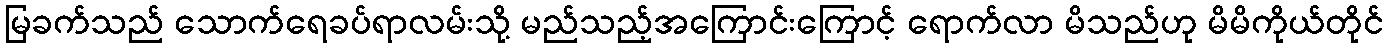
မြခက်သည် သောက်ရေခပ်ရာလမ်းသို့ မည်သည့်အကြောင်းကြောင့် ရောက်လာ မိသည်ဟု မိမိကိုယ်တိုင်